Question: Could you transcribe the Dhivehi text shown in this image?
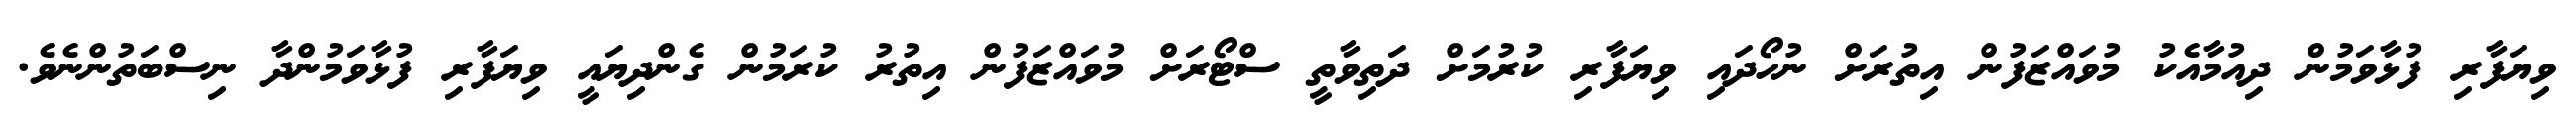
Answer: ވިޔަފާރި ފުޅާވަމުން ދިއުމާއެކު މުވައްޒަފުން އިތުރަށް ނުހޯދައި ވިޔަފާރި ކުރުމަށް ދަތިވާތީ ސްޓޯރަށް މުވައްޒަފުން އިތުރު ކުރަމުން ގެންދިޔައީ ވިޔަފާރި ފުޅާވަމުންދާ ނިސްބަތުންނެވެ.